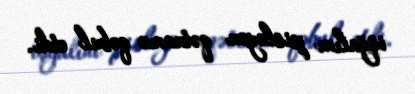
işğalını pisləyən qətnamə qəbul etdi.